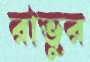
রাভুর